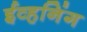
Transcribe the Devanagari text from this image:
ईव्हनिंग